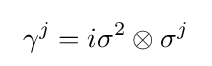
\ \gamma ^{j}=i\sigma ^{2}\otimes \sigma ^{j}\